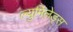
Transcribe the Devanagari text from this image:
ल्युमिलेड्स